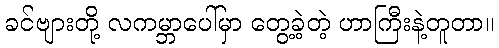
ခင်ဗျားတို့ လကမ္ဘာပေါ်မှာ တွေ့ခဲ့တဲ့ ဟာကြီးနဲ့တူတာ။